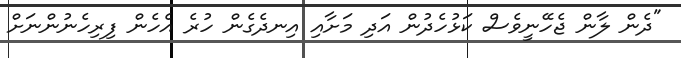
"ދެން ލާން ޖެހޭނީވެސް ކަޅުހެދުން އަދި މަށާއި އިނދެގެން ހުރެ އެހެން ފިރިހެނުންނަށް